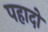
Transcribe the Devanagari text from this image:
पहादो